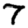
Digit: 7